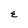
Character: E